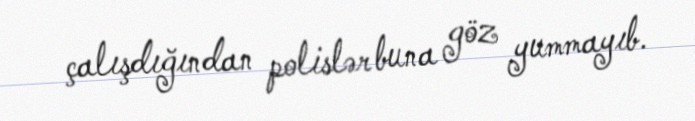
çalışdığından polislər buna göz yummayıb.